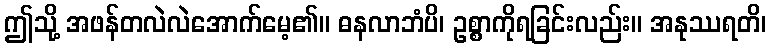
ဤသို့ အဖန်တလဲလဲအောက်မေ့၏။ ဓနလာဘံပိ၊ ဥစ္စာကိုရခြင်းလည်း။ အနုဿရတိ၊